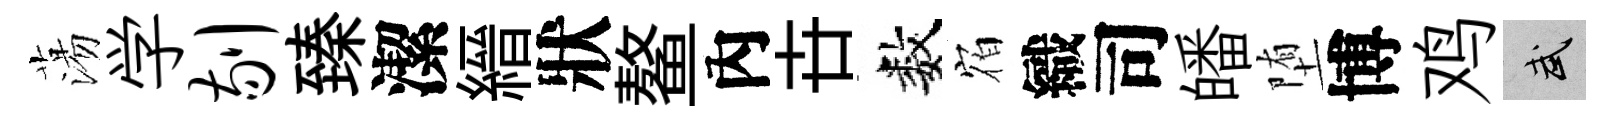
蕩学剔臻潔縉狀鳌內卋数𪧐織司皤堕博鸡武